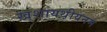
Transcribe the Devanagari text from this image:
ख़्शायथ़ीयनम